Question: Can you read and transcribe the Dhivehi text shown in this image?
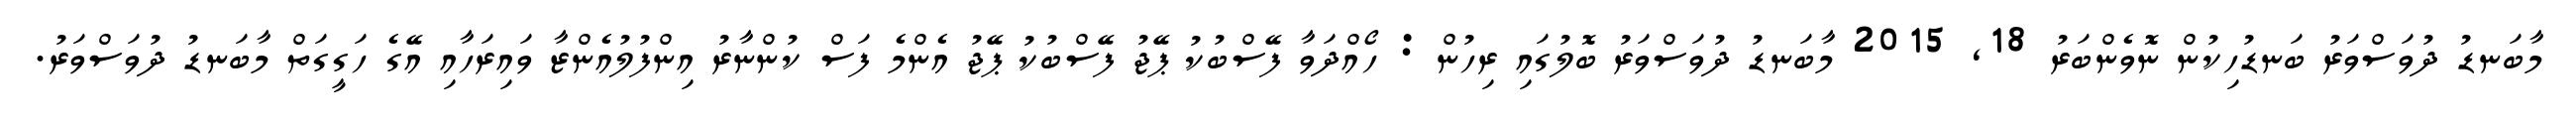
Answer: މާބަނޑު ދުވަސްވަރު ބަނޑުހިކުން ނޮވެންބަރު 18, 2015 މާބަނޑު ދުވަސްވަރު ބޮލުގައި ރިހުން : ހޯއްދަވާ ފޭސްބުކު ޕޭޖު ފޭސްބުކު ޕޭޖު އެންމެ ފަސް ކުންނާރު އިންފުލުއެންޒާ ވައިރަހާއި އޭގެ ހަގީގަތް މާބަނޑު ދުވަސްވަރު.